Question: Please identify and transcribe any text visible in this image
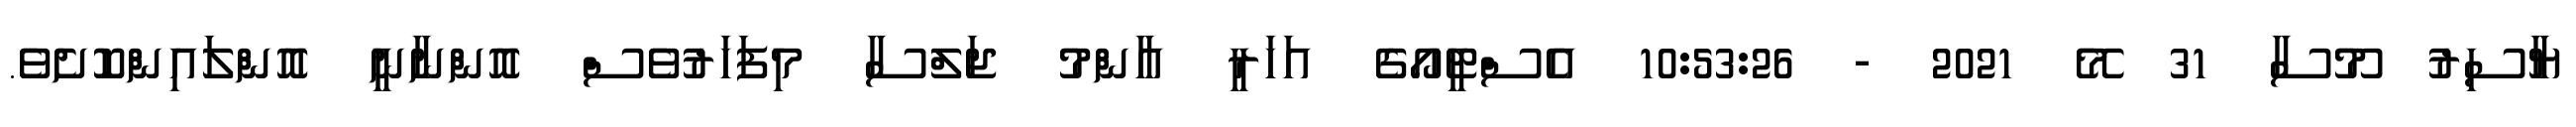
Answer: ޔާސިރު މޫސާ 31 މޭ 2021 - 10:53:26 އެސްޓީއޯގެ އަހަރީ އާންމު ޖަލްސާ މިފަހަރުވެސް އޮންނާނީ އޮންލައިންކޮށެވެ.